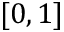
[ 0 , 1 ]